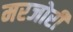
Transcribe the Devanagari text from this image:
मरजोरी